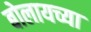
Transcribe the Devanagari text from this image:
बोलायच्या